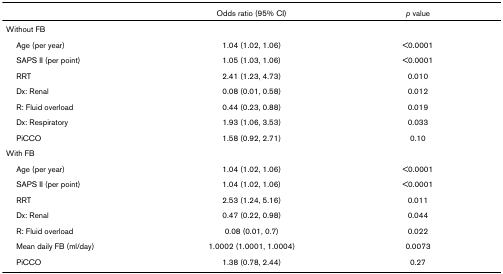
|  | Odds ratio (95% CI) | p value |
 | --- | --- | --- |
 | Without FB |  |  |
 | Age (per year) | 1.04 (1.02, 1.06) | <0.0001 |
 | SAPS II (per point) | 1.05 (1.03, 1.06) | <0.0001 |
 | RRT | 2.41 (1.23, 4.73) | 0.010 |
 | Dx: Renal | 0.08 (0.01, 0.58) | 0.012 |
 | R: Fluid overload | 0.44 (0.23, 0.88) | 0.019 |
 | Dx: Respiratory | 1.93 (1.06, 3.53) | 0.033 |
 | PiCCO | 1.58 (0.92, 2.71) | 0.10 |
 | With FB |  |  |
 | Age (per year) | 1.04 (1.02, 1.06) | <0.0001 |
 | SAPS II (per point) | 1.04 (1.02, 1.06) | <0.0001 |
 | RRT | 2.53 (1.24, 5.16) | 0.011 |
 | Dx: Renal | 0.47 (0.22, 0.98) | 0.044 |
 | R: Fluid overload | 0.08 (0.01, 0.7) | 0.022 |
 | Mean daily FB (ml/day) | 1.0002 (1.0001, 1.0004) | 0.0073 |
 | PiCCO | 1.38 (0.78, 2.44) | 0.27 |